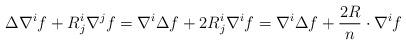
LaTeX: \begin{align*}\Delta \nabla^if+R_j^{i}\nabla^jf=\nabla^i\Delta f+2R_j^{i}\nabla^if=\nabla^i\Delta f+\frac{2 R}{n}\cdot \nabla^if\end{align*}